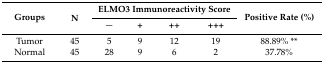
<table><thead><tr><td rowspan="2"><b>Groups</b></td><td rowspan="2"><b>N</b></td><td colspan="4"><b>ELMO3 Immunoreactivity Score</b></td><td rowspan="2"><b>Positive Rate (%)</b></td></tr><tr><td><b>−</b></td><td><b>+</b></td><td><b>++</b></td><td><b>+++</b></td></tr></thead><tbody><tr><td>Tumor</td><td>45</td><td>5</td><td>9</td><td>12</td><td>19</td><td>88.89% **</td></tr><tr><td>Normal</td><td>45</td><td>28</td><td>9</td><td>6</td><td>2</td><td>37.78%</td></tr></tbody></table>